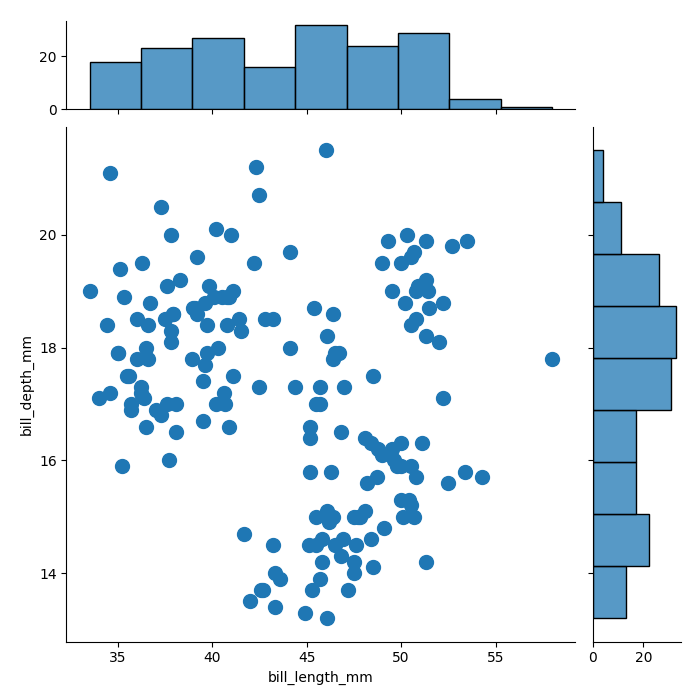
python, seaborn, jointplot, kind='scatter', height='7', ratio='5', marginal_ticks='True'